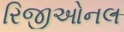
રિજીઓનલ